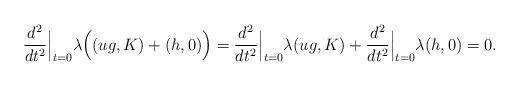
LaTeX: \begin{align*} \frac{d^2}{dt^2}\Big|_{t=0}\lambda\Big((ug,K)+(h,0)\Big)=\frac{d^2}{dt^2}\Big|_{t=0}\lambda(ug,K)+\frac{d^2}{dt^2}\Big|_{t=0}\lambda(h,0)=0.\end{align*}